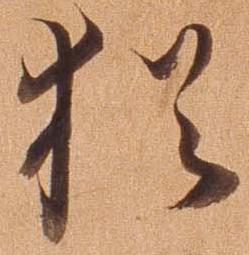
猶